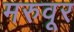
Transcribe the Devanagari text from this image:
मरुवूर